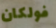
فولكان